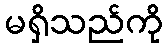
မရှိသည်ကို